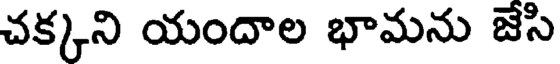
చక్కని యందాల భామను జేసి